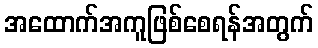
အထောက်အကူဖြစ်စေရန်အတွက်